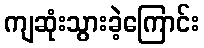
ကျဆုံးသွားခဲ့ကြောင်း